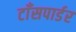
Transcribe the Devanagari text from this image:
टाँसपार्डर